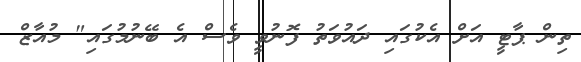
ތިން ޕާޓީ އަށް އެކުގައި ދައުވަތު ފޮނުވީ ވެސް އެ ބޭނުމުގައި" މުއާޒް